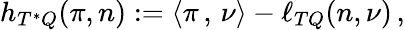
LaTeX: \begin{array}{r}{h_{T^{*}Q}(\pi,n):=\left<\pi\, ,\, \nu\right>-\ell_{TQ}(n,\nu)\, ,}\end{array}